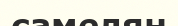
самелян